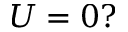
U = 0 ?